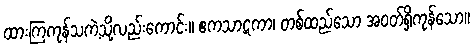
ထားကြကုန်သကဲ့သို့လည်းကောင်း။ ဧကသာဋကာ၊ တစ်ထည်သော အဝတ်ရှိကုန်သော။